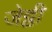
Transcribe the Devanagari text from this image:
जेट्ठी